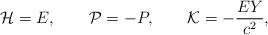
\begin{align*}{\cal H}=E,\qquad{\cal P}=-P,\qquad{\cal K}=-\frac{EY}{c^2},\qquad\end{align*}